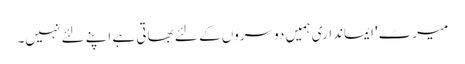
میرٹ' ایمانداری ہمیں دوسروں کے لئے بھاتی ہے اپنے لئے نہیں۔